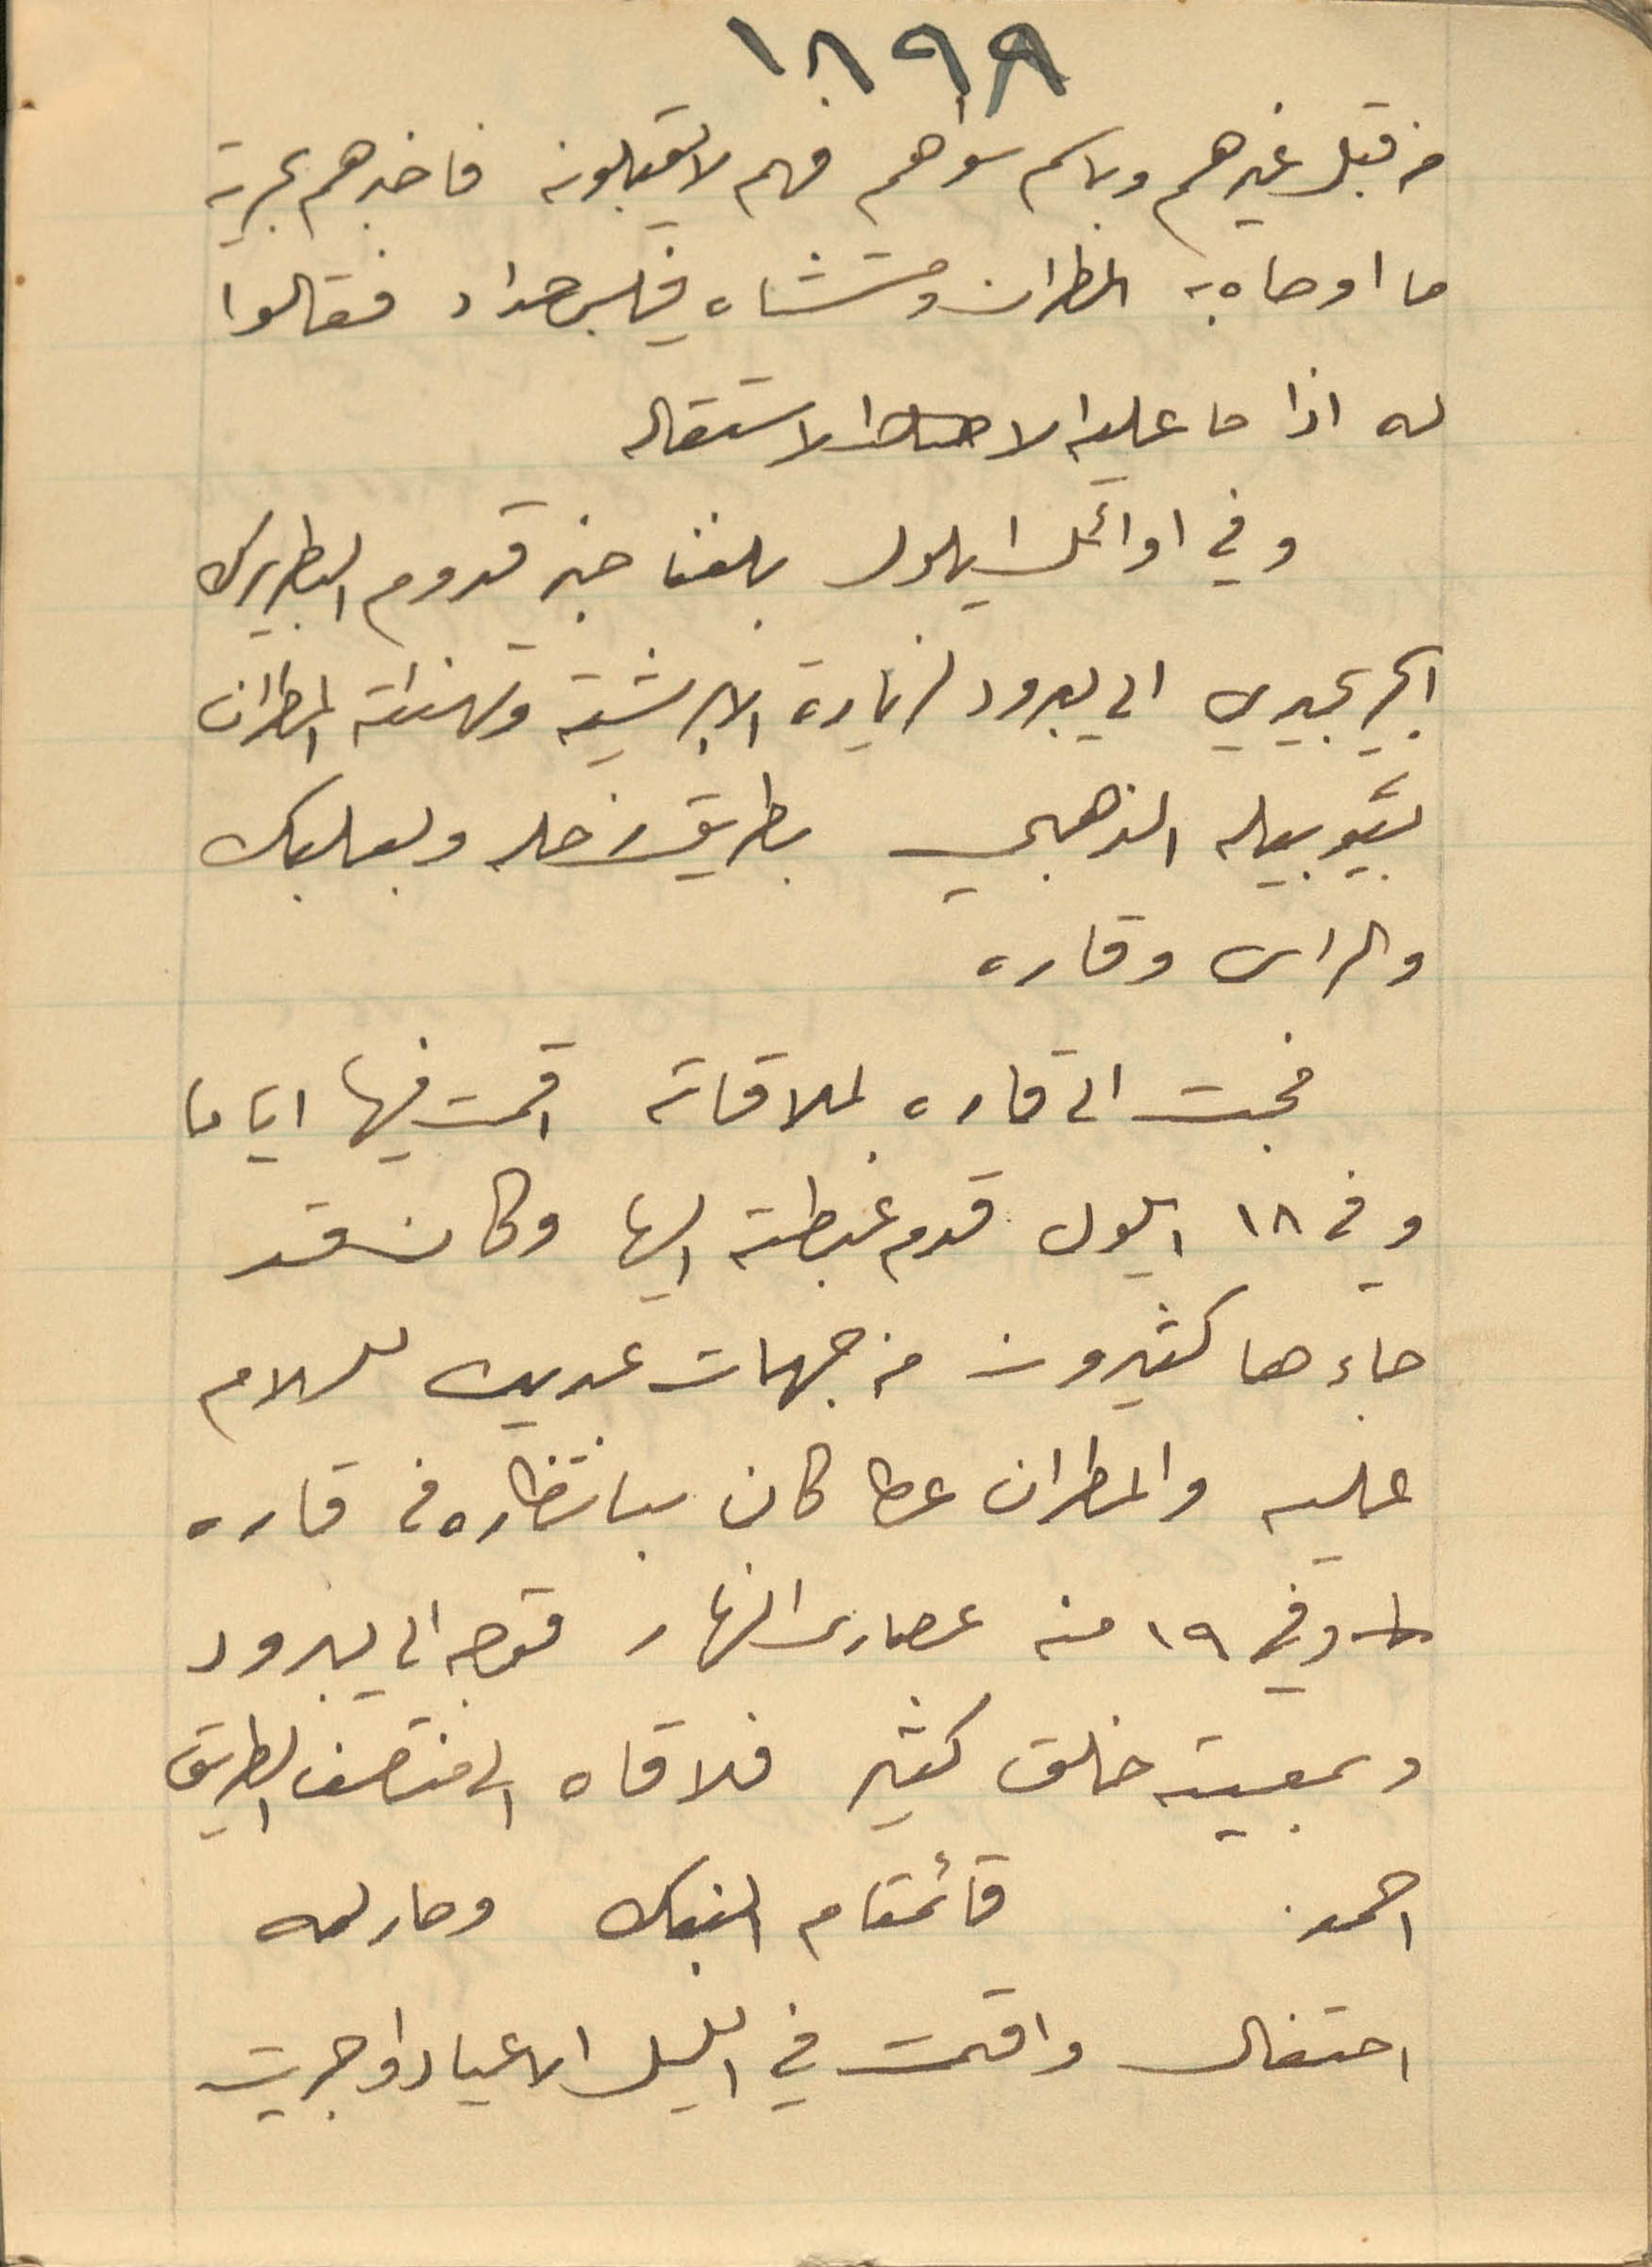
١٨٩٨
من قبل غيرهم وباسم سواهم فهم لا يقبلونه فاخبرهم بحرية
ما اوصاه به المطران ومستشاره فلكس حداد فقالوا
له اذا ما عليه الا الاستقالة
وفي اوئل أيلول بلغنا خبر قدوم البطريرك
%% الى يبرود لزيارة الابشرية وتهنئة المطران
بيوبيله الذهبي بطريق زحلة وبعلبك
والراس وقاره
فجت الى قارة لملاقاته اقمت فيها ايامًا
وفي ١٨ أيلول قدم غبطته اليها وكان نفر
جاءها كثيرون من جهات عديده للسلام
عليه والمطران عطا كان بانتظاره في قاره
وفي ١۹ منه عصر ذلك النهار فقصد يبرود
وبمعيته خلق كثير فلاقاه الى منتصف الطريق
احمد قائمقام النبك وصار له
احتفال وأقيمت في الليل الأعياد وأجريت